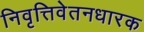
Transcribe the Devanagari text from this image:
निवृत्तिवेतनधारक